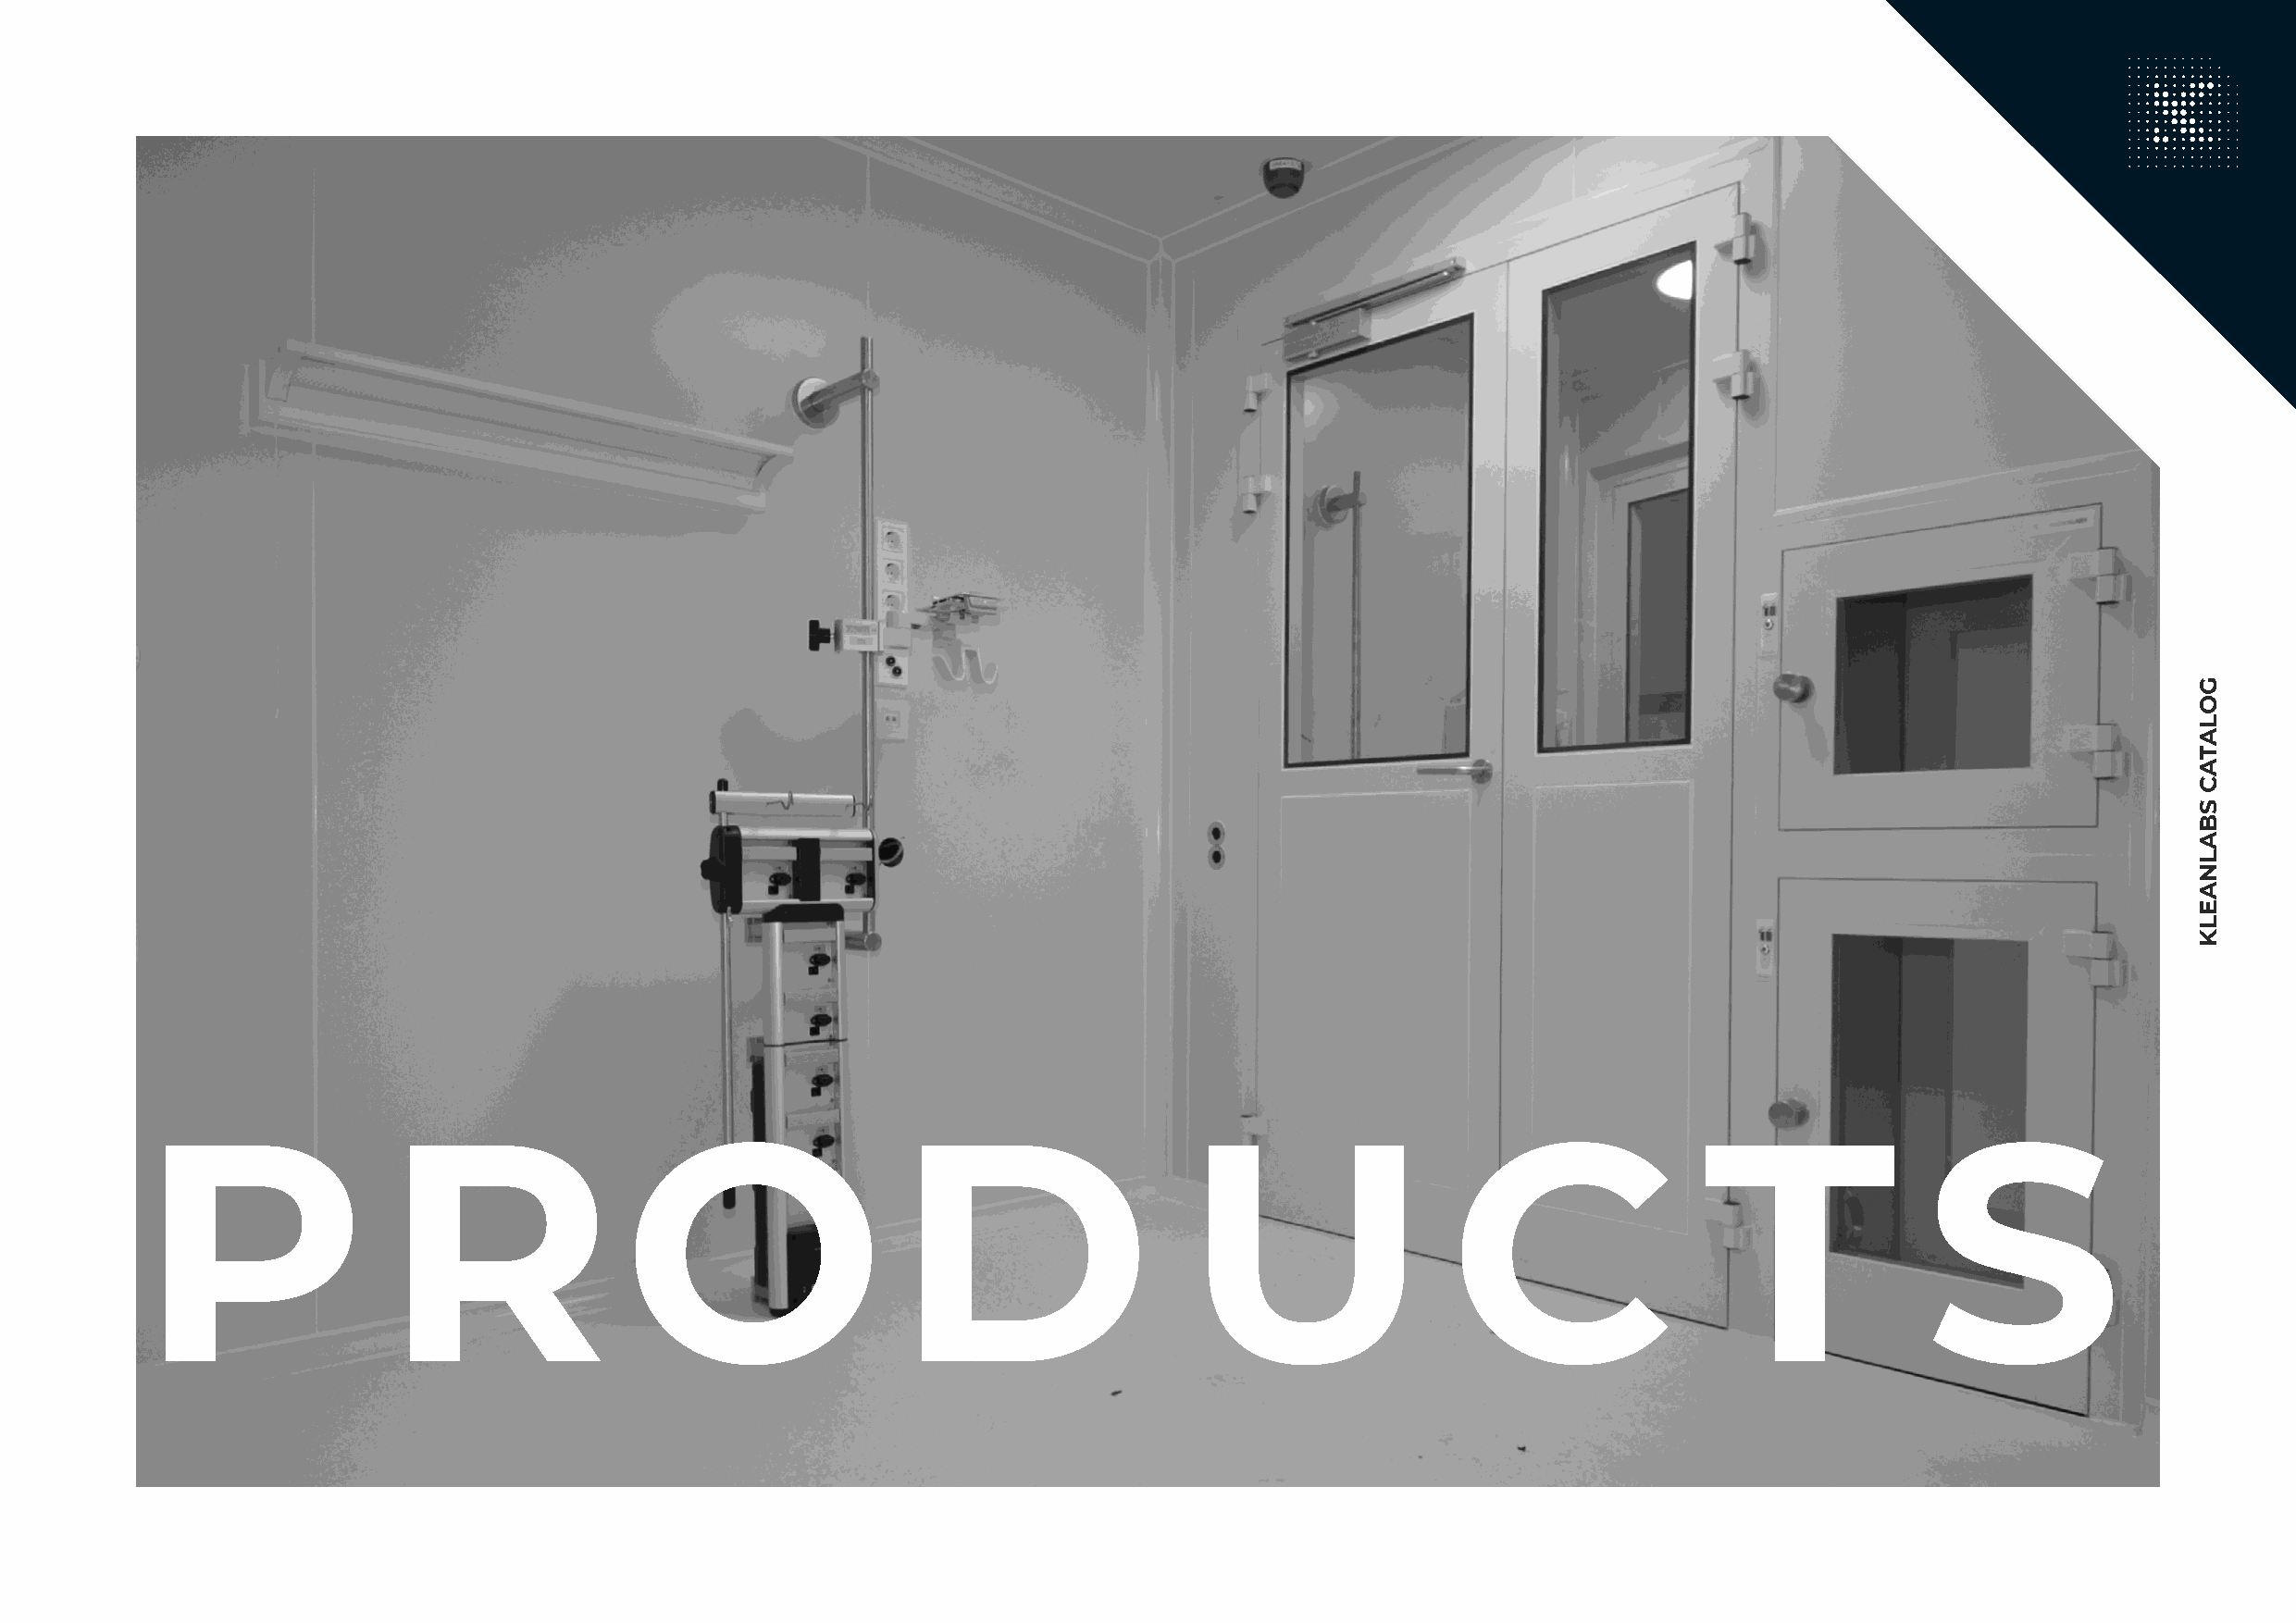
P                R                 O                  D                    U                  C                 T               S
 GOLATAC
 SBALNAELK